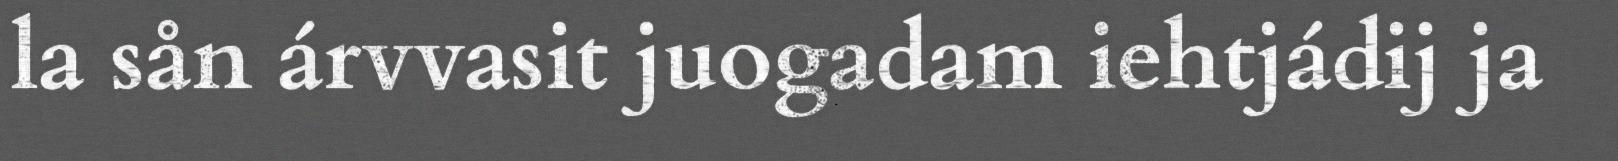
la sån árvvasit juogadam iehtjádij ja